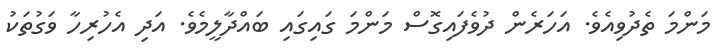
މަންމަ ތެދުވިއެވެ. އަހަރެން ދުވެފައިގޮސް މަންމަ ގައިގައި ބައްދާލީމެވެ. އަދި އެހުރިހާ ވަގުތަކު